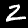
Label: 2